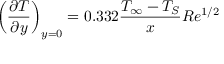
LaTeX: \left( { \frac { \partial T } { \partial y } } \right) _ { y = 0 } = 0 . 3 3 2 { \frac { T _ { \infty } - T _ { S } } { x } } R e ^ { 1 / 2 }